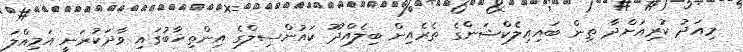
މިއަދު ކުރިއަށްދާ ތިން ބައިއިލެކްޝަންގެ ތެރެއިން ބިލެއްދޫ ކައުންސިލްގެ އިންތިޚާބުގައި ވާދަކުރަނީ އަމިއްލަ